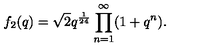
f _ { 2 } ( q ) = \sqrt { 2 } q ^ { \frac { 1 } { 2 4 } } \prod _ { n = 1 } ^ { \infty } ( 1 + q ^ { n } ) .